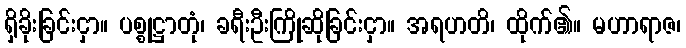
ရှိခိုးခြင်းငှာ။ ပစ္စုဋ္ဌာတုံ၊ ခရီးဦးကြိုဆိုခြင်းငှာ။ အရဟတိ၊ ထိုက်၏။ မဟာရာဇ၊